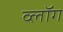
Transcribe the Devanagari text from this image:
व्लॉग